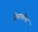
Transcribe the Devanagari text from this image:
ज़ेमांकोवा